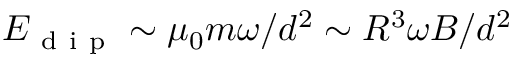
E _ { \mathrm { ~ d ~ i ~ p ~ } } \sim \mu _ { 0 } m \omega / d ^ { 2 } \sim R ^ { 3 } \omega B / d ^ { 2 }